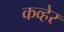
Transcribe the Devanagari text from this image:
कव्हेर